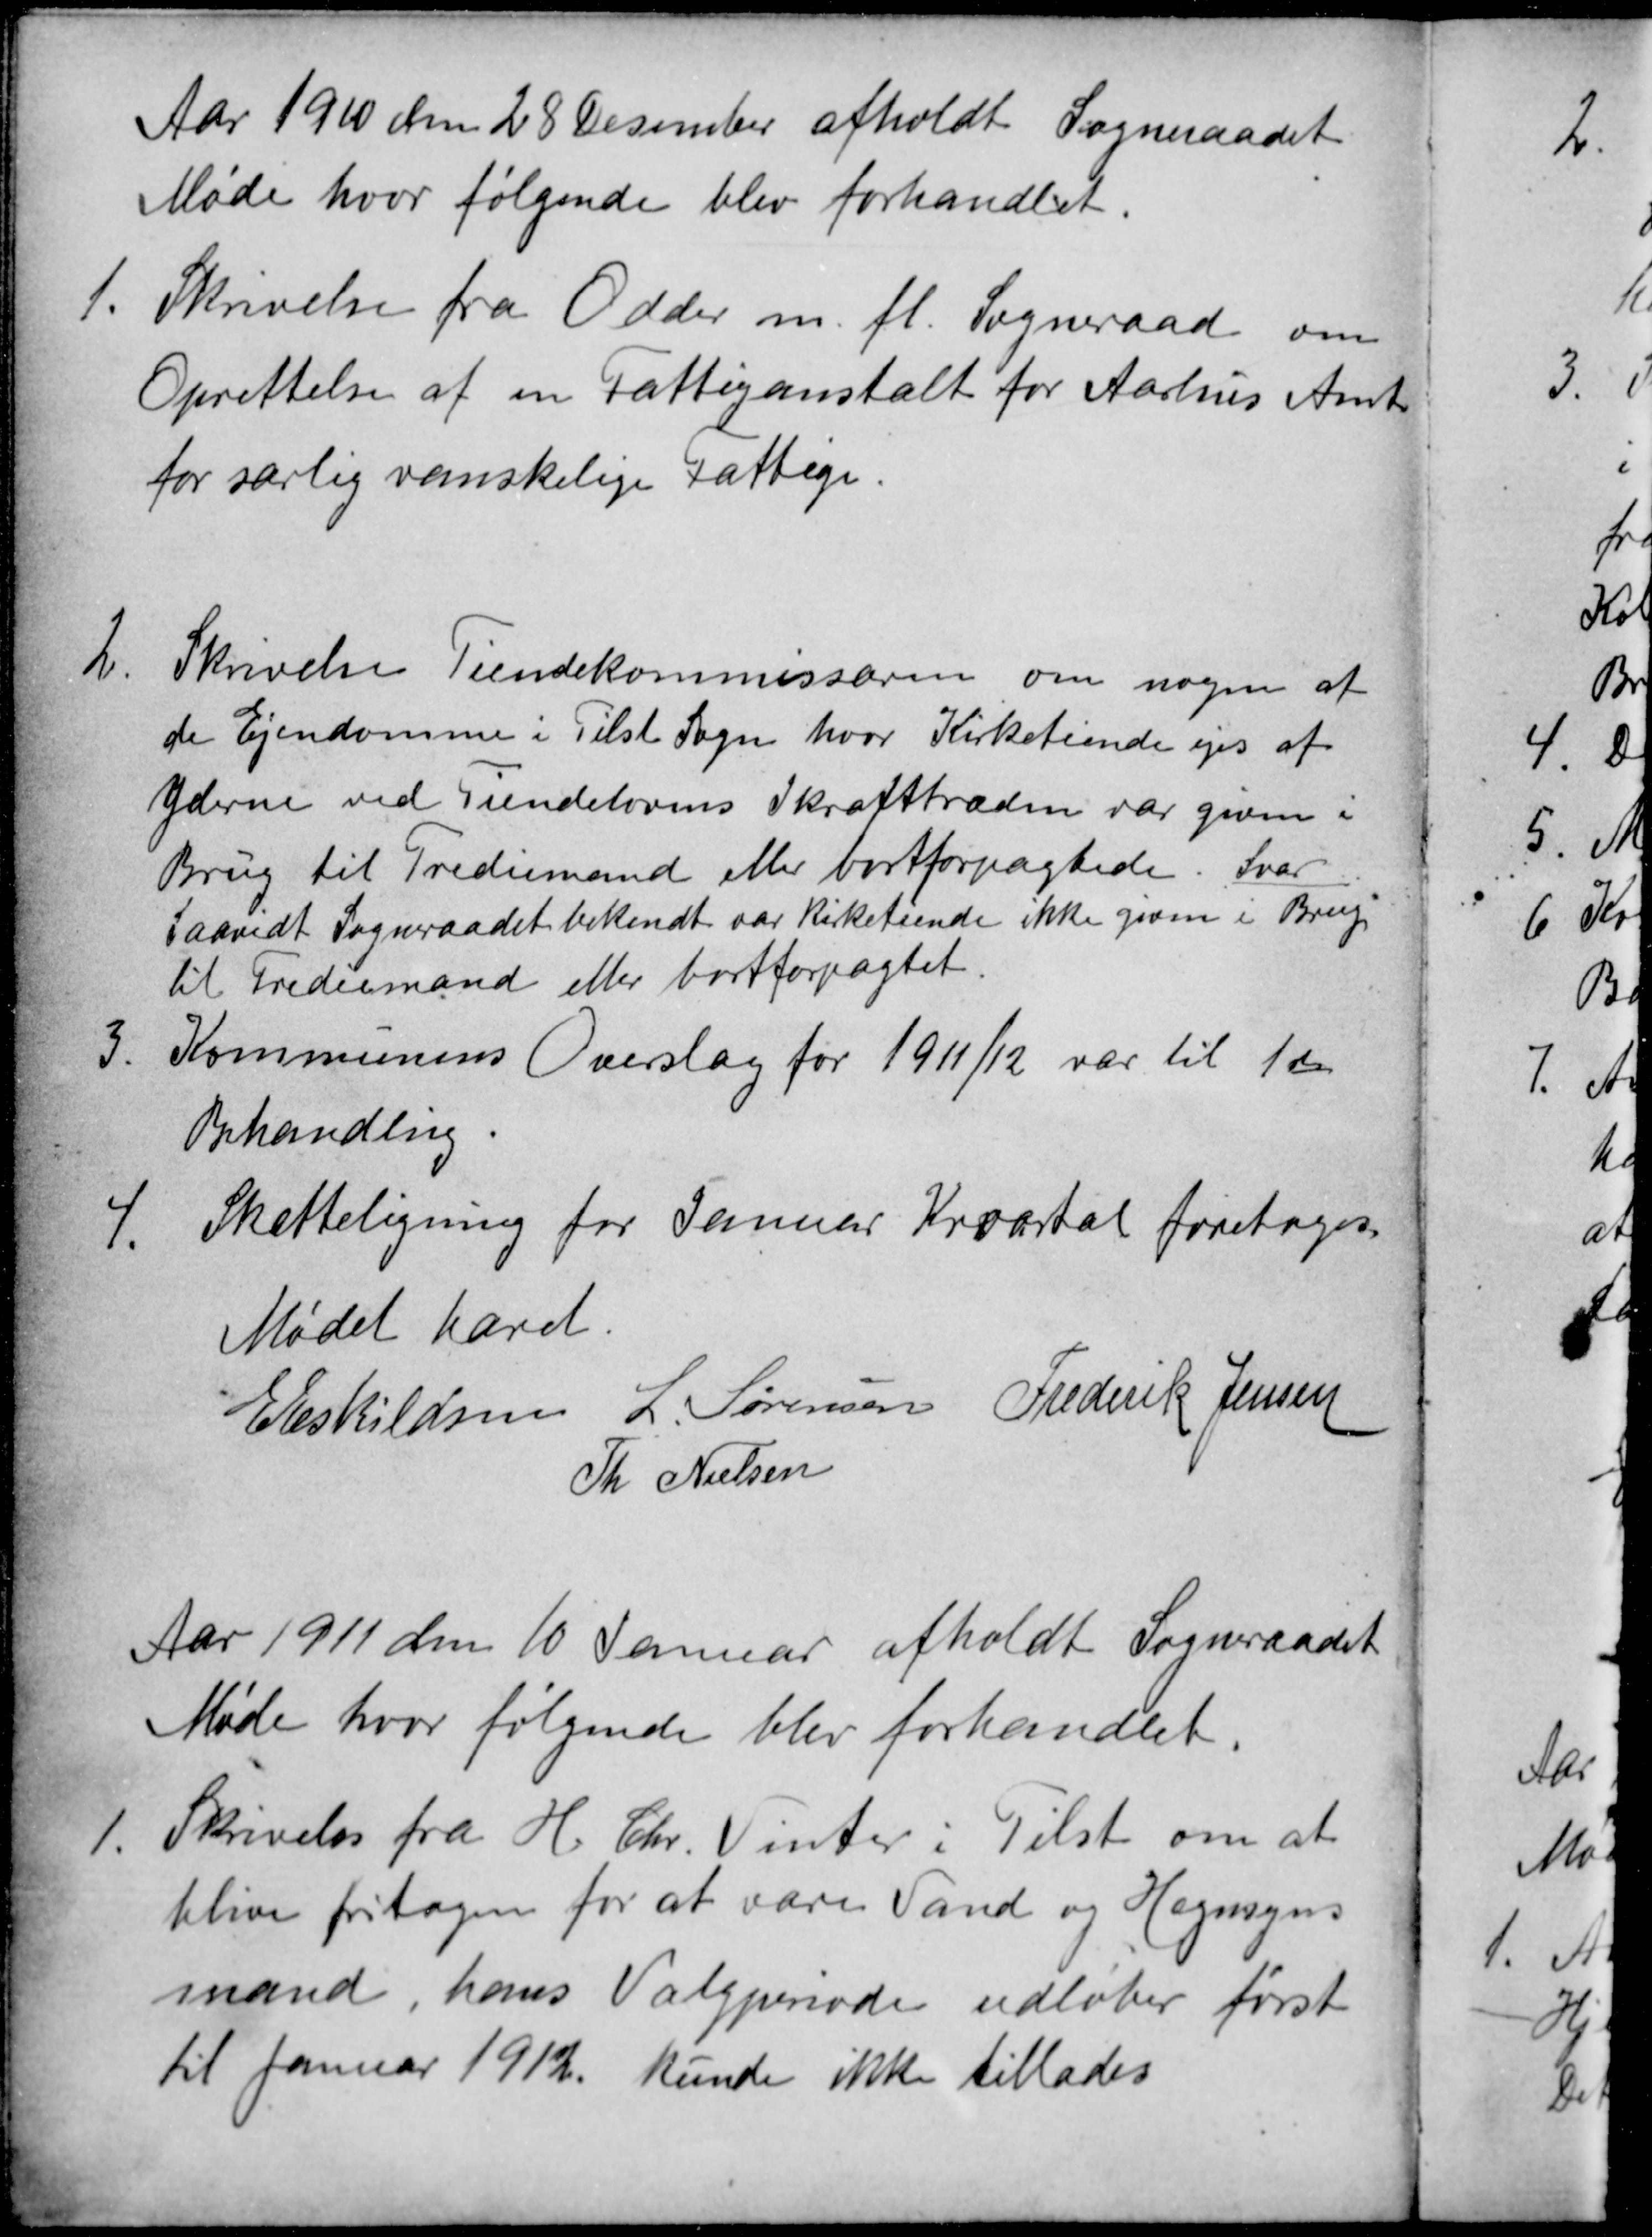
Transskription:
Aar 1910 den 28 Desember afholdt Sogneraadet
Møde hvor følgende blev forhandlet.
1.
Skrivelse fra Odder m. fl. Sogneraad om
Oprettelse af en Fattiganstalt for Aarhus Amt
for særlig vanskelige Fattige.
2.
Skrivelse Tiendekommissæren om nogen af
de Ejendomme i Tilst Sogn, hvor Kirketiende ejes af
Yderne ved Tiendelovens Ikrafttræden var given i
Brug til Trediemand eller bortforpagtede. Svar
Saavidt Sogneraadet bekendt var kirketiende ikke given i Brug
til Trediemand eller bortforpagtet.
3.
Kommunens Overslag for 1911/12 var til 1ste
Behandling.
4.
Skatteligning for Januar Kvartal foretoges
Mødet hævet.
E Eskildsen
L. Sørensen
Frederik Jensen
Th Nielsen
Aar 1911 den 10 Januar afholdt Sogneraadet
Møde hvor følgende blev forhandlet.
1.
Skrivelse fra H. Chr. Vinter i Tilst om at
blive fritagen for at være Vand og Hegnsyns
mand, hans Valgperiode udløber først
til Januar 1912. kunde ikke tillades